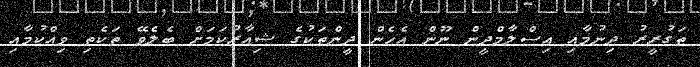
ތަގުރީރު ދިނުމާއި އިސްލާމްދީން ނޫން އެހެން ދީންތަކުގެ ޝިއާރުކަމަށް ބެލެވޭ ތަކެތި ވިއްކުމާއި